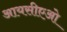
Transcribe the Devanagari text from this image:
आयसीएओ